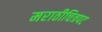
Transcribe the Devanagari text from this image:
मराठीचित्रपट